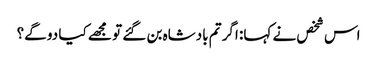
اس شخص نے کہا: اگر تم بادشاہ بن گئے تو مجھے کیا دو گے؟